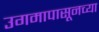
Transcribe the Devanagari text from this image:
उगमापासूनच्या